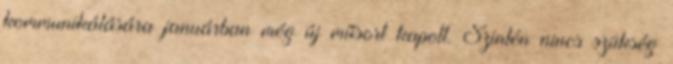
kommunikálására januárban még új műsort kapott. Szintén nincs szükség